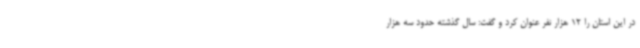
در این استان را 12 هزار نفر عنوان کرد و گفت: سال گذشته حدود سه هزار